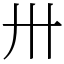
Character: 卅